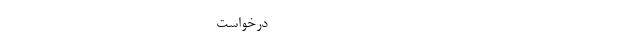
------------------------------------------------------------- درخواست